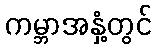
ကမ္ဘာအနှံ့တွင်